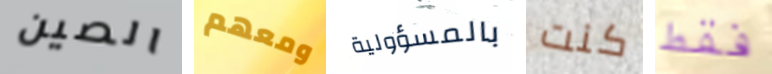
الصين ومعهم بالمسؤولية كنت فقط